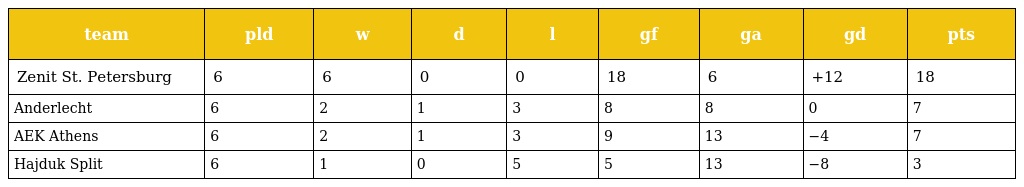
| team | pld | w | d | l | gf | ga | gd | pts |
 | --- | --- | --- | --- | --- | --- | --- | --- | --- |
 | Zenit St. Petersburg | 6 | 6 | 0 | 0 | 18 | 6 | +12 | 18 |
 | Anderlecht | 6 | 2 | 1 | 3 | 8 | 8 | 0 | 7 |
 | AEK Athens | 6 | 2 | 1 | 3 | 9 | 13 | −4 | 7 |
 | Hajduk Split | 6 | 1 | 0 | 5 | 5 | 13 | −8 | 3 |